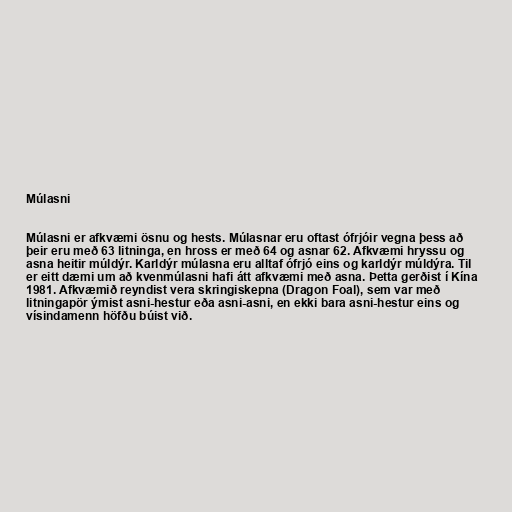
Múlasni

Múlasni er afkvæmi ösnu og hests. Múlasnar eru oftast ófrjóir vegna þess að
þeir eru með 63 litninga, en hross er með 64 og asnar 62. Afkvæmi hryssu og
asna heitir múldýr. Karldýr múlasna eru alltaf ófrjó eins og karldýr múldýra. Til
er eitt dæmi um að kvenmúlasni hafi átt afkvæmi með asna. Þetta gerðist í Kína
1981. Afkvæmið reyndist vera skringiskepna (Dragon Foal), sem var með
litningapör ýmist asni-hestur eða asni-asni, en ekki bara asni-hestur eins og
vísindamenn höfðu búist við.